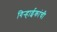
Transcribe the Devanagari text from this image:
गिर्‍हाईकांची